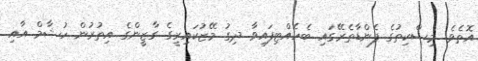
އޮތެވެ. މިސްކިތުގެ ފެންޑާތެރޭގައި ބެހެއްްޓިފައިވާ ދިގު މޭޒުކައިރީގެ ގާޒީންގެ އިތުރުން ހުޝާމް އާއި